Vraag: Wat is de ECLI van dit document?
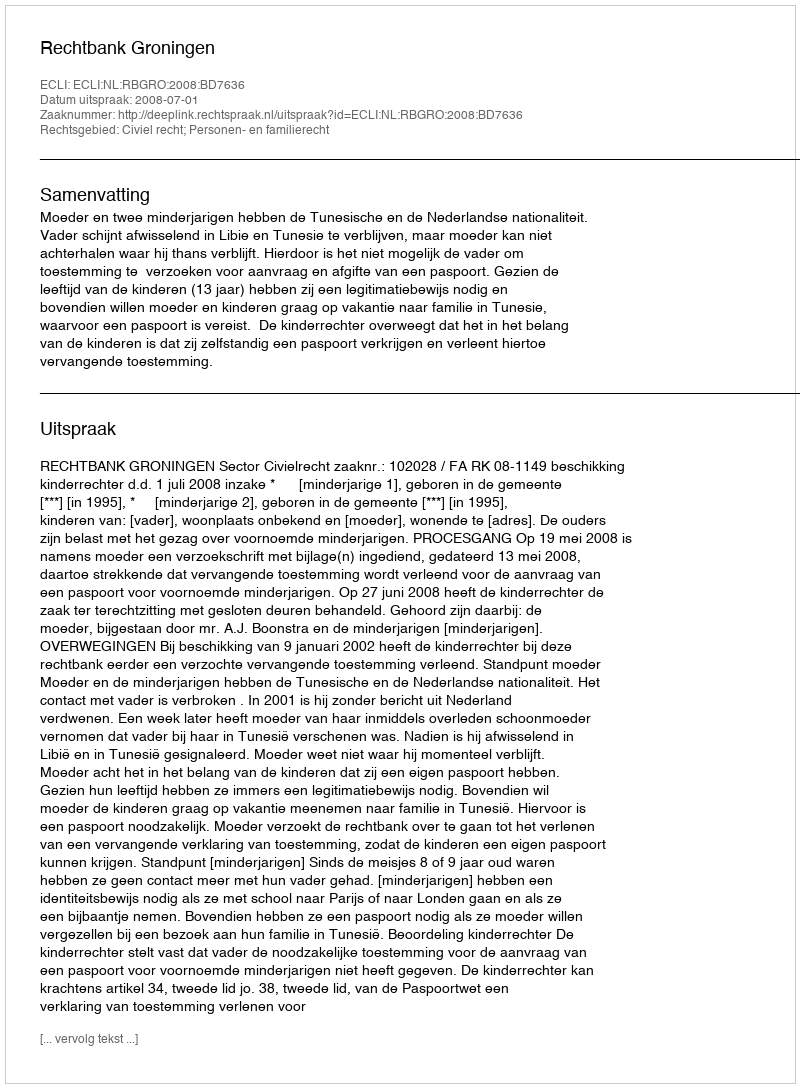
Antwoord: ECLI:NL:RBGRO:2008:BD7636